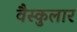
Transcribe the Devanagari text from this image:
वैस्कुलार